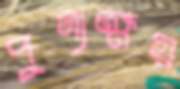
পুণ্যক্ষয়